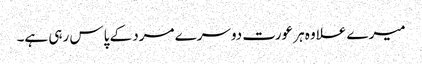
میرے علاوہ ہر عورت دوسرے مرد کے پاس رہی ہے۔